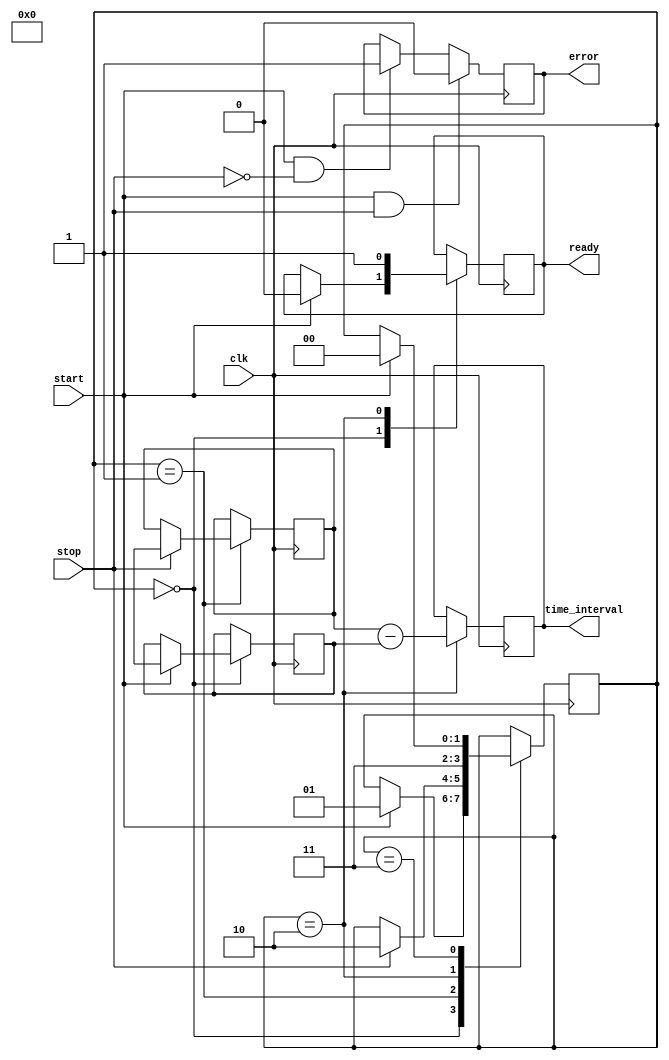
module MemoryBlocksSynchronizedTDC (
    input wire clk,                 // Clock signal
    input wire start,               // Start signal
    input wire stop,                // Stop signal
    output reg [31:0] time_interval, // Output time interval
    output reg ready,               // Ready signal for output
    output reg error                // Error signal
);

    // Parameters
    parameter MEMORY_BLOCK_SIZE = 4; // Number of memory blocks
    parameter TIMESTAMP_WIDTH = 32;   // Width of timestamp

    // Memory blocks to store timestamps
    reg [TIMESTAMP_WIDTH-1:0] memory_block_start [0:MEMORY_BLOCK_SIZE-1];
    reg [TIMESTAMP_WIDTH-1:0] memory_block_stop [0:MEMORY_BLOCK_SIZE-1];

    // Internal variables
    reg [1:0] state;                 // State machine for TDC operation
    reg [1:0] write_index;           // Index for writing to memory blocks
    reg [TIMESTAMP_WIDTH-1:0] start_timestamp;
    reg [TIMESTAMP_WIDTH-1:0] stop_timestamp;

    // State encoding
    localparam IDLE = 2'b00;
    localparam CAPTURE_START = 2'b01;
    localparam CAPTURE_STOP = 2'b10;
    localparam CALCULATE = 2'b11;

    // Clock process
    always @(posedge clk) begin
        case (state)
            IDLE: begin
                if (start) begin
                    // Capture the start timestamp
                    start_timestamp <= $time; // Capture current time
                    memory_block_start[write_index] <= start_timestamp;
                    state <= CAPTURE_START;
                    ready <= 0;
                end
            end

            CAPTURE_START: begin
                if (stop) begin
                    // Capture the stop timestamp
                    stop_timestamp <= $time; // Capture current time
                    memory_block_stop[write_index] <= stop_timestamp;
                    state <= CAPTURE_STOP;
                end
            end

            CAPTURE_STOP: begin
                // Calculate time interval
                time_interval <= stop_timestamp - start_timestamp;
                ready <= 1; // Indicate output is ready
                state <= CALCULATE;
            end

            CALCULATE: begin
                // Check for next measurement
                if (start) begin
                    // Increment write index for the next measurement
                    write_index <= write_index + 1;
                    if (write_index >= MEMORY_BLOCK_SIZE) begin
                        write_index <= 0; // Reset index if it exceeds memory size
                    end
                    state <= IDLE; // Go back to IDLE state
                end
            end

            default: state <= IDLE; // Default state
        endcase
    end

    // Error handling (simple example)
    always @(posedge clk) begin
        if (start && stop) begin
            error <= 0; // No error if both are not asserted
        end else if (start && !stop) begin
            error <= 1; // Error if start is asserted without stop
        end
    end

endmodule